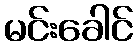
မင်းခေါင်